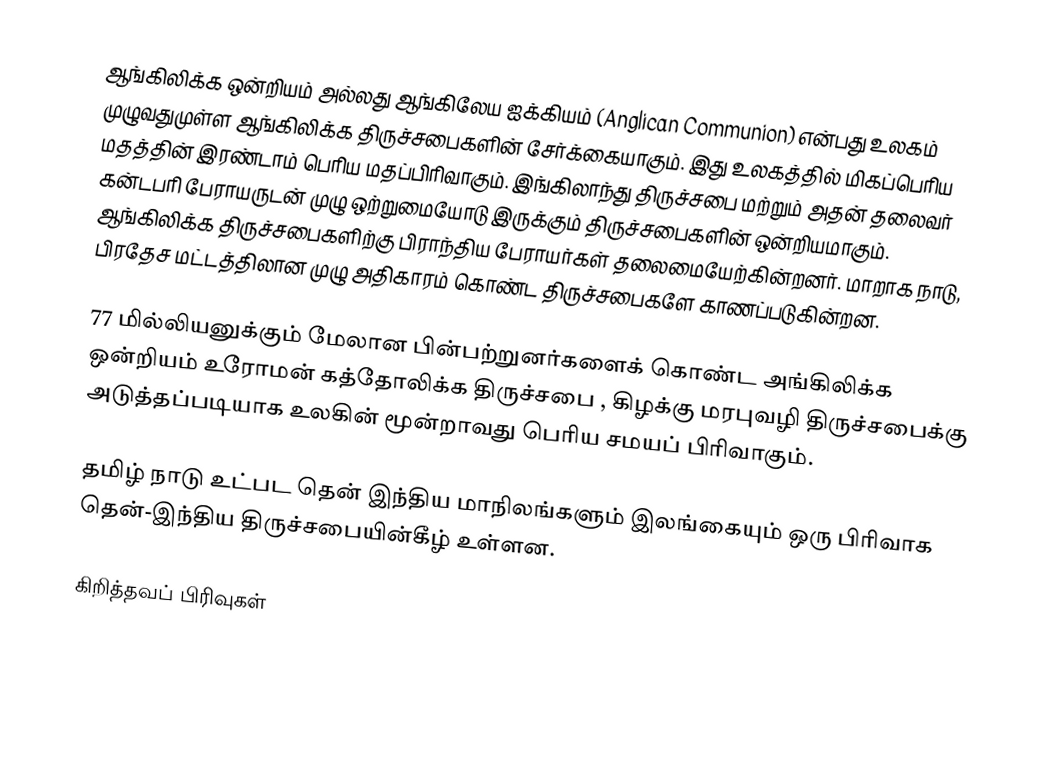
ஆங்கிலிக்க ஒன்றியம் அல்லது ஆங்கிலேய ஐக்கியம் (Anglican Communion) என்பது உலகம் முழுவதுமுள்ள ஆங்கிலிக்க திருச்சபைகளின் சேர்க்கையாகும். இது உலகத்தில் மிகப்பெரிய மதத்தின் இரண்டாம் பெரிய மதப்பிரிவாகும். இங்கிலாந்து திருச்சபை மற்றும் அதன் தலைவர் கன்டபரி பேராயருடன் முழு ஒற்றுமையோடு இருக்கும் திருச்சபைகளின் ஒன்றியமாகும். ஆங்கிலிக்க திருச்சபைகளிற்கு பிராந்திய பேராயர்கள் தலைமையேற்கின்றனர். மாறாக நாடு, பிரதேச மட்டத்திலான முழு அதிகாரம் கொண்ட திருச்சபைகளே காணப்படுகின்றன.

77 மில்லியனுக்கும் மேலான பின்பற்றுனர்களைக் கொண்ட அங்கிலிக்க ஒன்றியம் உரோமன் கத்தோலிக்க திருச்சபை , கிழக்கு மரபுவழி திருச்சபைக்கு அடுத்தப்படியாக உலகின் மூன்றாவது பெரிய சமயப் பிரிவாகும்.

தமிழ் நாடு உட்பட தென் இந்திய மாநிலங்களும் இலங்கையும் ஒரு பிரிவாக தென்-இந்திய திருச்சபையின்கீழ் உள்ளன.

கிறித்தவப் பிரிவுகள்